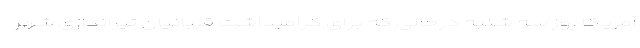
آمریکا روز سه شنبه درحالی که برای گرامیداشت قربانیان تیراندازی شهر